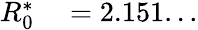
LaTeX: \begin{array}{rl}{R_{0}^{*}}&{{}=2.151...}\end{array}